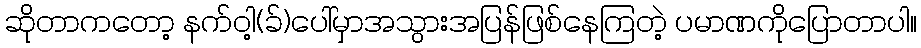
ဆိုတာကတော့ နက်ဝါ့(ခ်)ပေါ်မှာအသွားအပြန်ဖြစ်နေကြတဲ့ ပမာဏကိုပြောတာပါ။